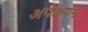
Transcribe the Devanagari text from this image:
अपक्षयन